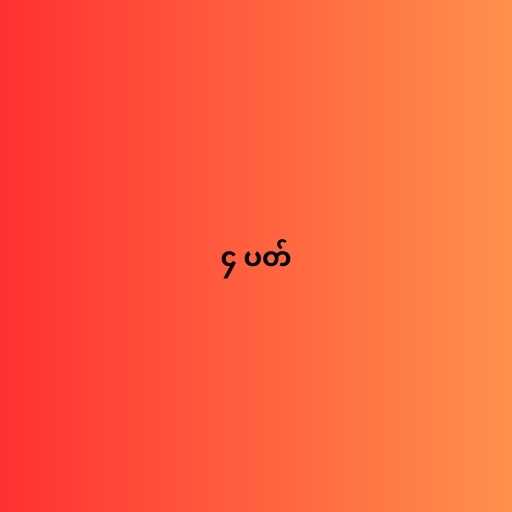
၄ ပတ်